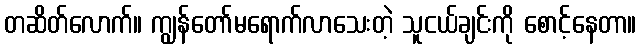
တဆိတ်လောက်။ ကျွန်တော်မရောက်လာသေးတဲ့ သူငယ်ချင်းကို စောင့်နေတာ။